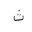
Letter: _tha